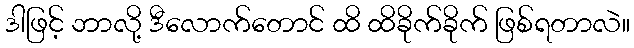
ဒါဖြင့် ဘာလို့ ဒီလောက်တောင် ထိ ထိခိုက်ခိုက် ဖြစ်ရတာလဲ။